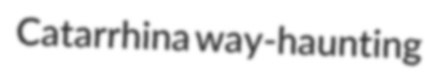
Catarrhina way-haunting